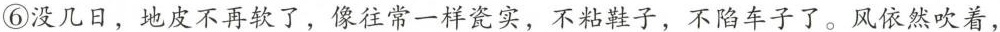
⑥没几日，地皮不再软了，像往常一样瓷实，不粘鞋子，不陷车子了。风依然吹着，